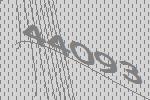
44093